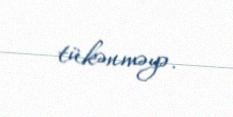
tükənməyə.